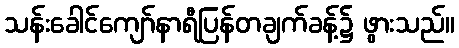
သန်းခေါင်ကျော်နာရီပြန်တချက်ခန့်၌ ဖွားသည်။